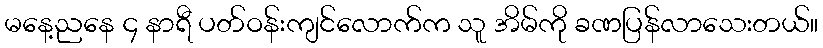
မနေ့ညနေ ၄ နာရီ ပတ်ဝန်းကျင်လောက်က သူ အိမ်ကို ခဏပြန်လာသေးတယ်။